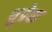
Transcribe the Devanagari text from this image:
थुप्रेक